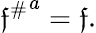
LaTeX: {\mathfrak{f}^{\# }}^{a}=\mathfrak{f}.